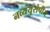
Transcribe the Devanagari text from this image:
नव्ययूरोपीय